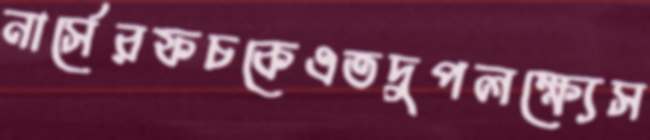
নার্সেরফচকেএতদুপলক্ষ্যেস